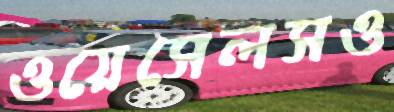
ওয়েসেলসও